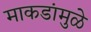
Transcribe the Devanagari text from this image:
माकडांमुळे